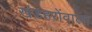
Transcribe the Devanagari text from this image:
खंडहरोंवाला